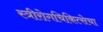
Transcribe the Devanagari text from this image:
स्त्रीरोगचिकित्सेचा